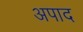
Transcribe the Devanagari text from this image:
अपाद